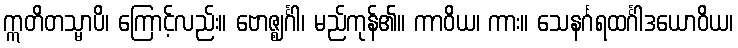
ဣတိတသ္မာပိ၊ ကြောင့်လည်း။ ဗောဇ္ဈင်္ဂါ၊ မည်ကုန်၏။ ကာဝိယ၊ ကား။ သေနင်္ဂရထင်္ဂါဒယောဝိယ၊